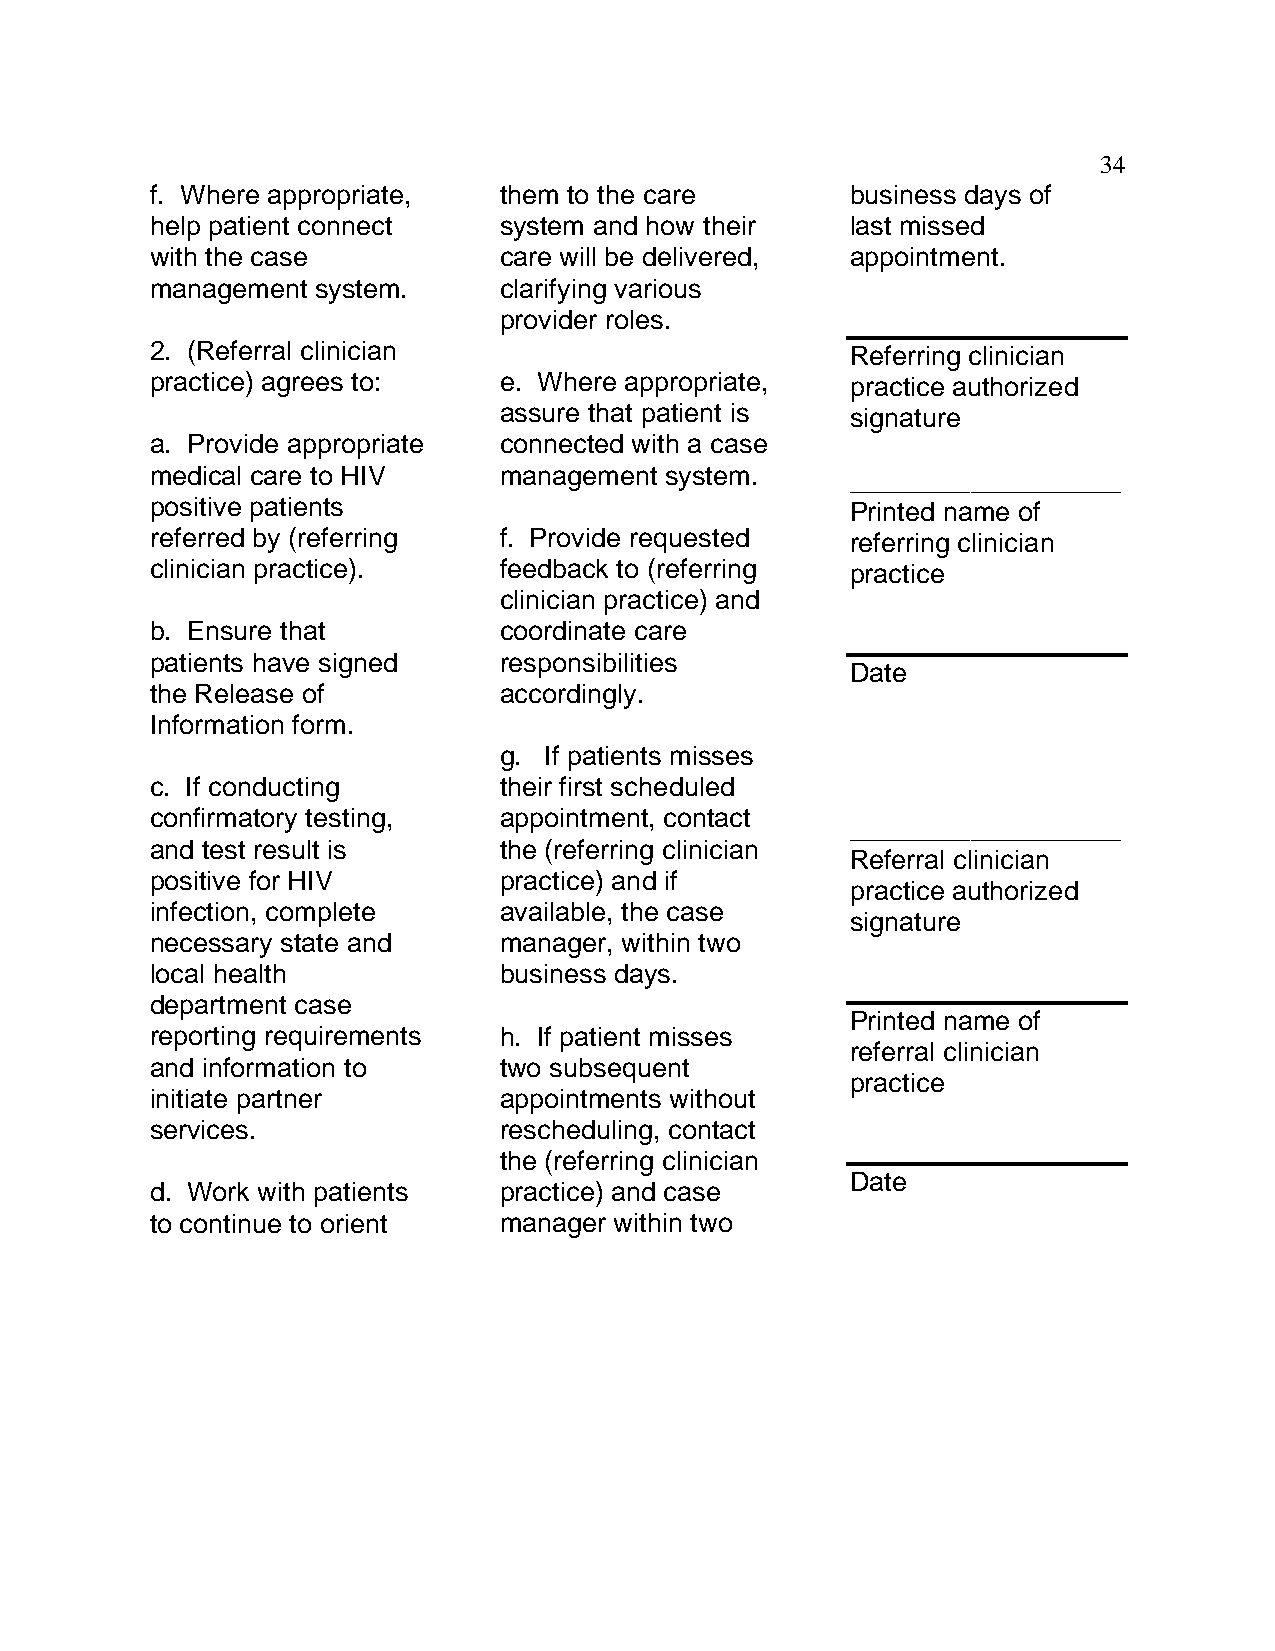
34
 f. Where appropriate,  them to the care       business days of
 help patient connect   system and how their   last missed
 with the case          care will be delivered, appointment.
 management system.     clarifying various
 provider roles.
 2. (Referral clinician                        Referring clinician
 practice) agrees to:   e. Where appropriate,  practice authorized
 assure that patient is signature
 a. Provide appropriate connected with a case
 medical care to HIV    management system.     __________________
 positive patients                             Printed name of
 referred by (referring f. Provide requested   referring clinician
 clinician practice).   feedback to (referring practice
 clinician practice) and
 b. Ensure that         coordinate care
 patients have signed   responsibilities
 Date
 the Release of         accordingly.
 Information form.
 g. If patients misses
 c. If conducting       their first scheduled
 confirmatory testing,  appointment, contact
 __________________
 and test result is     the (referring clinician
 Referral clinician
 positive for HIV       practice) and if
 practice authorized
 infection, complete    available, the case
 signature
 necessary state and    manager, within two
 local health           business days.
 department case
 Printed name of
 reporting requirements h. If patient misses
 referral clinician
 and information to     two subsequent
 practice
 initiate partner       appointments without
 services.              rescheduling, contact
 the (referring clinician
 Date
 d. Work with patients  practice) and case
 to continue to orient  manager within two